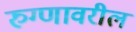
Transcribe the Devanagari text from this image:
रुग्णावरील